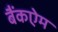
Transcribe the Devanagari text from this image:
बैंकऐम